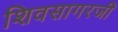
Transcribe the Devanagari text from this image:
शिवसागरजी